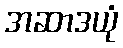
အဆာဒယုံ